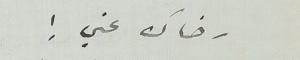
رضاك عني!